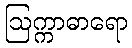
ဩက္ကာဓာရော